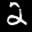
Label: 2